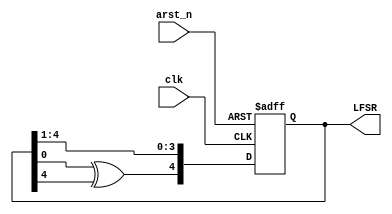
module fibonacci_LFSR(clk, arst_n, LFSR);
  parameter BITWIDTH = 5;
  
  input clk;
  input arst_n;
  output reg [BITWIDTH - 1 : 0] LFSR;
  
  always @(posedge clk or negedge arst_n) begin
    if(!arst_n) begin
      LFSR <= 1;
    end
    else begin
      LFSR <= {LFSR[0] ^ LFSR[4], LFSR[BITWIDTH - 1 : 1]};
    end
  end
endmodule